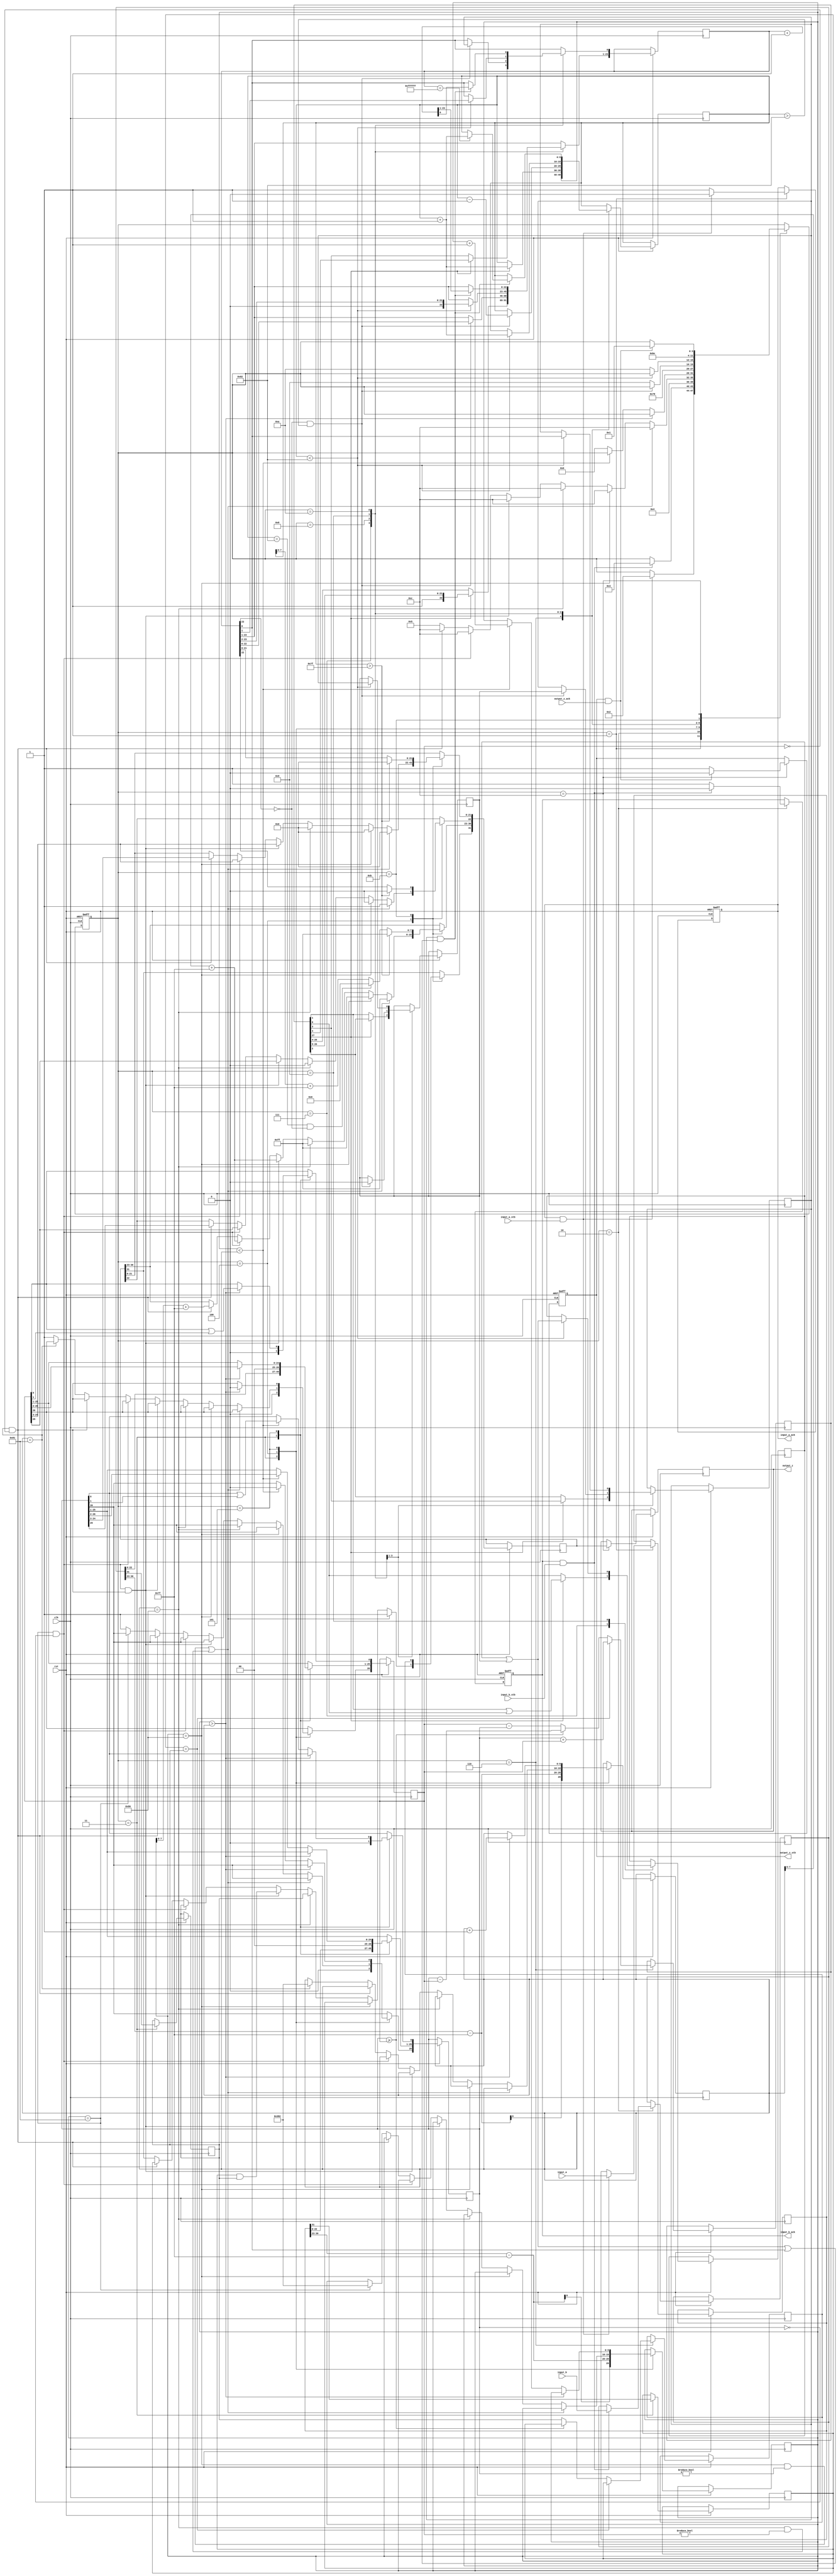

//IEEE Floating Point Adder (Single Precision)
//Copyright (C) Jonathan P Dawson 2013
//2013-12-12

module adder(
        input_a,
        input_b,
        input_a_stb,
        input_b_stb,
        output_z_ack,
        clk,
        rst,
        output_z,
        output_z_stb,
        input_a_ack,
        input_b_ack);

  input     clk;
  input     rst;

  input     [31:0] input_a;
  input     input_a_stb;
  output    input_a_ack;

  input     [31:0] input_b;
  input     input_b_stb;
  output    input_b_ack;

  output    [31:0] output_z;
  output    output_z_stb;
  input     output_z_ack;

  reg       s_output_z_stb;
  reg       [31:0] s_output_z;
  reg       s_input_a_ack;
  reg       s_input_b_ack;

  reg       [3:0] state;
  parameter get_a         = 4'd1,
            get_b         = 4'd2,
            unpack        = 4'd3,
            special_cases = 4'd4,
            align         = 4'd5,
            add_0         = 4'd6,
            add_1         = 4'd7,
            normalise_1   = 4'd8,
            normalise_2   = 4'd9,
            round         = 4'd10,
            pack          = 4'd11,
            put_z         = 4'd12;

  reg       [31:0] a, b, z;
  reg       [26:0] a_m, b_m;
  reg       [23:0] z_m;
  reg       [9:0] a_e, b_e, z_e;
  reg       a_s, b_s, z_s;
  reg       guard, round_bit, sticky;
  reg       [27:0] sum;

  always @(posedge clk or negedge rst)
  begin

  if (rst == 1'b0) begin
	state <= get_a;
	s_input_a_ack <= 0;
	s_input_b_ack <= 0;
	s_output_z_stb <= 0;
  end
  else
  begin
    case(state)

      get_a:
      begin
        s_input_a_ack <= 1;
        if (s_input_a_ack && input_a_stb) begin
          a <= input_a;
          s_input_a_ack <= 0;
          state <= get_b;
        end
      end

      get_b:
      begin
        s_input_b_ack <= 1;
        if (s_input_b_ack && input_b_stb) begin
          b <= input_b;
          s_input_b_ack <= 0;
          state <= unpack;
        end
      end

      unpack:
      begin
        a_m <= {a[22 : 0], 3'd0};
        b_m <= {b[22 : 0], 3'd0};
        a_e <= a[30 : 23] - 127;
        b_e <= b[30 : 23] - 127;
        a_s <= a[31];
        b_s <= b[31];
        state <= special_cases;
      end

      special_cases:
      begin
        //if a is NaN or b is NaN return NaN 
        if ((a_e == 128 && a_m != 0) || (b_e == 128 && b_m != 0)) begin
          z[31] <= 1;
          z[30:23] <= 255;
          z[22] <= 1;
          z[21:0] <= 0;
          state <= put_z;
        //if a is inf return inf
        end else if (a_e == 128) begin
          z[31] <= a_s;
          z[30:23] <= 255;
          z[22:0] <= 0;
          state <= put_z;
        //if b is inf return inf
        end else if (b_e == 128) begin
          z[31] <= b_s;
          z[30:23] <= 255;
          z[22:0] <= 0;
          state <= put_z;
        //if a is zero return b
        end else if ((($signed(a_e) == -127) && (a_m == 0)) && (($signed(b_e) == -127) && (b_m == 0))) begin
          z[31] <= a_s & b_s;
          z[30:23] <= b_e[7:0] + 127;
          z[22:0] <= b_m[26:3];
          state <= put_z;
        //if a is zero return b
        end else if (($signed(a_e) == -127) && (a_m == 0)) begin
          z[31] <= b_s;
          z[30:23] <= b_e[7:0] + 127;
          z[22:0] <= b_m[26:3];
          state <= put_z;
        //if b is zero return a
        end else if (($signed(b_e) == -127) && (b_m == 0)) begin
          z[31] <= a_s;
          z[30:23] <= a_e[7:0] + 127;
          z[22:0] <= a_m[26:3];
          state <= put_z;
        end else begin
          //Denormalised Number
          if ($signed(a_e) == -127) begin
            a_e <= -126;
          end else begin
            a_m[26] <= 1;
          end
          //Denormalised Number
          if ($signed(b_e) == -127) begin
            b_e <= -126;
          end else begin
            b_m[26] <= 1;
          end
          state <= align;
        end
      end

      align:
      begin
        if ($signed(a_e) > $signed(b_e)) begin
          b_e <= b_e + 1;
          b_m <= b_m >> 1;
          b_m[0] <= b_m[0] | b_m[1];
        end else if ($signed(a_e) < $signed(b_e)) begin
          a_e <= a_e + 1;
          a_m <= a_m >> 1;
          a_m[0] <= a_m[0] | a_m[1];
        end else begin
          state <= add_0;
        end
      end

      add_0:
      begin
        z_e <= a_e;
        if (a_s == b_s) begin
          sum <= a_m + b_m;
          z_s <= a_s;
        end else begin
          if (a_m >= b_m) begin
            sum <= a_m - b_m;
            z_s <= a_s;
          end else begin
            sum <= b_m - a_m;
            z_s <= b_s;
          end
        end
        state <= add_1;
      end

      add_1:
      begin
        if (sum[27]) begin
          z_m <= sum[27:4];
          guard <= sum[3];
          round_bit <= sum[2];
          sticky <= sum[1] | sum[0];
          z_e <= z_e + 1;
        end else begin
          z_m <= sum[26:3];
          guard <= sum[2];
          round_bit <= sum[1];
          sticky <= sum[0];
        end
        state <= normalise_1;
      end

      normalise_1:
      begin
        if (z_m[23] == 0 && $signed(z_e) > -126) begin
          z_e <= z_e - 1;
          z_m <= z_m << 1;
          z_m[0] <= guard;
          guard <= round_bit;
          round_bit <= 0;
        end else begin
          state <= normalise_2;
        end
      end

      normalise_2:
      begin
        if ($signed(z_e) < -126) begin
          z_e <= z_e + 1;
          z_m <= z_m >> 1;
          guard <= z_m[0];
          round_bit <= guard;
          sticky <= sticky | round_bit;
        end else begin
          state <= round;
        end
      end

      round:
      begin
        if (guard && (round_bit | sticky | z_m[0])) begin
          z_m <= z_m + 1;
          if (z_m == 24'hffffff) begin
            z_e <=z_e + 1;
          end
        end
        state <= pack;
      end

      pack:
      begin
        z[22 : 0] <= z_m[22:0];
        z[30 : 23] <= z_e[7:0] + 127;
        z[31] <= z_s;
        if ($signed(z_e) == -126 && z_m[23] == 0) begin
          z[30 : 23] <= 0;
        end
        //if overflow occurs, return inf
        if ($signed(z_e) > 127) begin
          z[22 : 0] <= 0;
          z[30 : 23] <= 255;
          z[31] <= z_s;
        end
        state <= put_z;
      end

      put_z:
      begin
        s_output_z_stb <= 1;
        s_output_z <= z;
        if (s_output_z_stb && output_z_ack) begin
          s_output_z_stb <= 0;
          state <= get_a;
        end
      end

    endcase
	end



  end
  assign input_a_ack = s_input_a_ack;
  assign input_b_ack = s_input_b_ack;
  assign output_z_stb = s_output_z_stb;	//ready flag
  assign output_z = s_output_z;				//value

endmodule